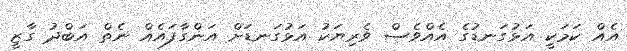
އެއް ކަމަކީ އަޅުގަނޑުގެ އެއްވެސް ވެރިޔަކު އަޅުގަނޑަށް އަންގާފައެއް ނެތް އަބްދު ގާޒީ